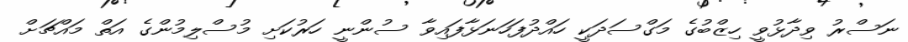
ނަސްރު ވިދާޅުވީ ހިޒްބުގެ މަގްސަދަކީ ހައްދުފަހަނަޅާފައިވާ ސުންނީ ހަރުކަށި މުސްލިމުންގެ އަތް މައްޗަށް